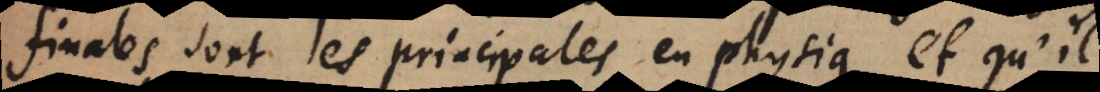
finales sont les principales en physique et qu’il